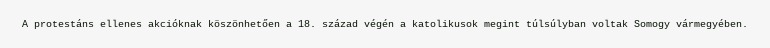
A protestáns ellenes akcióknak köszönhetően a 18. század végén a katolikusok megint túlsúlyban voltak Somogy vármegyében.